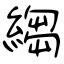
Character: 縐